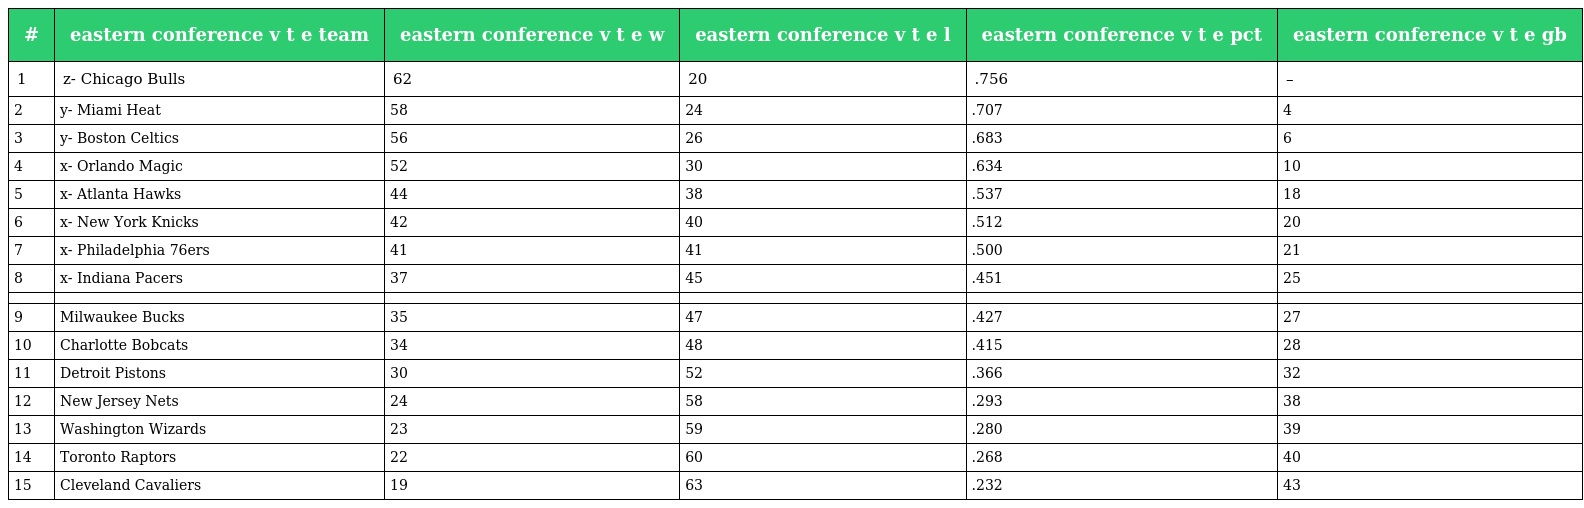
| # | eastern conference v t e team | eastern conference v t e w | eastern conference v t e l | eastern conference v t e pct | eastern conference v t e gb |
 | --- | --- | --- | --- | --- | --- |
 | 1 | z- Chicago Bulls | 62 | 20 | .756 | – |
 | 2 | y- Miami Heat | 58 | 24 | .707 | 4 |
 | 3 | y- Boston Celtics | 56 | 26 | .683 | 6 |
 | 4 | x- Orlando Magic | 52 | 30 | .634 | 10 |
 | 5 | x- Atlanta Hawks | 44 | 38 | .537 | 18 |
 | 6 | x- New York Knicks | 42 | 40 | .512 | 20 |
 | 7 | x- Philadelphia 76ers | 41 | 41 | .500 | 21 |
 | 8 | x- Indiana Pacers | 37 | 45 | .451 | 25 |
 |  |  |  |  |  |  |
 | 9 | Milwaukee Bucks | 35 | 47 | .427 | 27 |
 | 10 | Charlotte Bobcats | 34 | 48 | .415 | 28 |
 | 11 | Detroit Pistons | 30 | 52 | .366 | 32 |
 | 12 | New Jersey Nets | 24 | 58 | .293 | 38 |
 | 13 | Washington Wizards | 23 | 59 | .280 | 39 |
 | 14 | Toronto Raptors | 22 | 60 | .268 | 40 |
 | 15 | Cleveland Cavaliers | 19 | 63 | .232 | 43 |